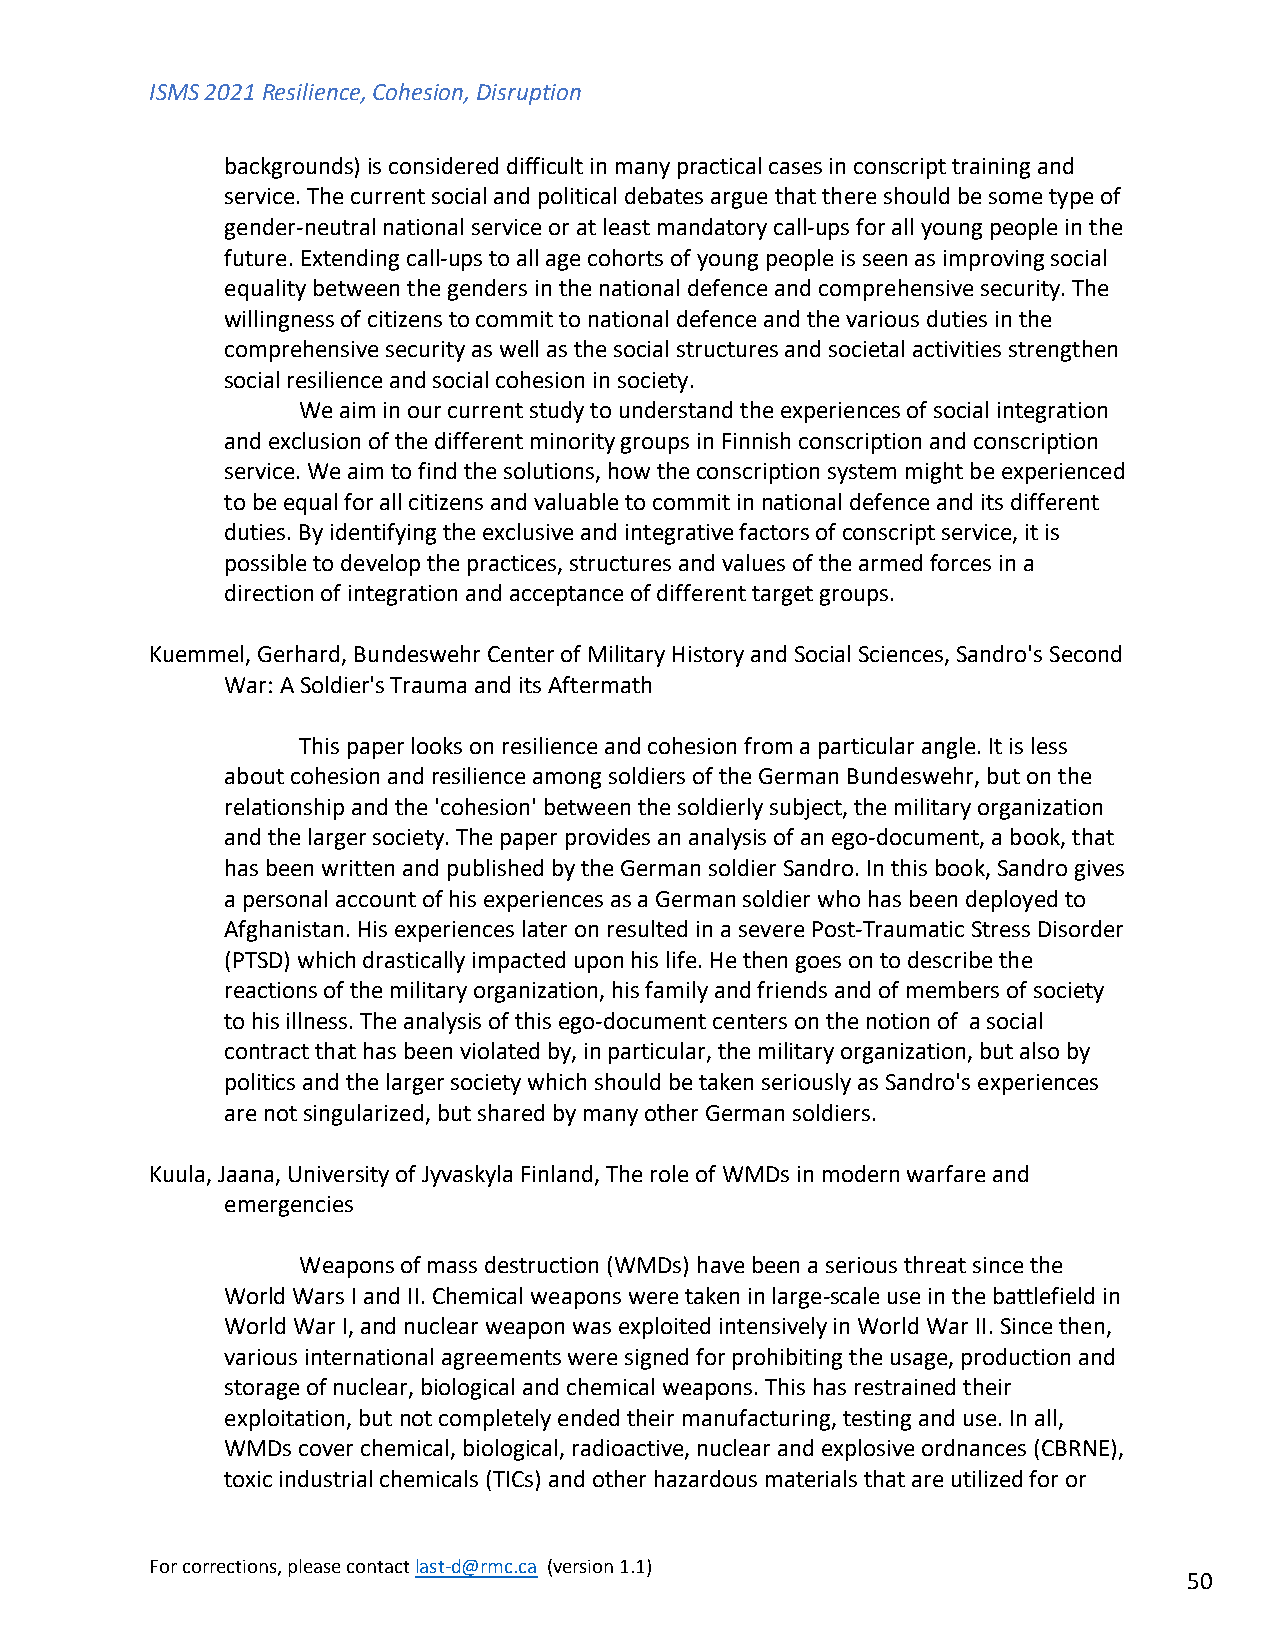
ISMS 2021 Resilience, Cohesion, Disruption
 backgrounds) is considered difficult in many practical cases in conscript training and
 service. The current social and political debates argue that there should be some type of
 gender-neutral national service or at least mandatory call-ups for all young people in the
 future. Extending call-ups to all age cohorts of young people is seen as improving social
 equality between the genders in the national defence and comprehensive security. The
 willingness of citizens to commit to national defence and the various duties in the
 comprehensive security as well as the social structures and societal activities strengthen
 social resilience and social cohesion in society.
 We aim in our current study to understand the experiences of social integration
 and exclusion of the different minority groups in Finnish conscription and conscription
 service. We aim to find the solutions, how the conscription system might be experienced
 to be equal for all citizens and valuable to commit in national defence and its different
 duties. By identifying the exclusive and integrative factors of conscript service, it is
 possible to develop the practices, structures and values of the armed forces in a
 direction of integration and acceptance of different target groups.
 Kuemmel, Gerhard, Bundeswehr Center of Military History and Social Sciences, Sandro's Second
 War: A Soldier's Trauma and its Aftermath
 This paper looks on resilience and cohesion from a particular angle. It is less
 about cohesion and resilience among soldiers of the German Bundeswehr, but on the
 relationship and the 'cohesion' between the soldierly subject, the military organization
 and the larger society. The paper provides an analysis of an ego-document, a book, that
 has been written and published by the German soldier Sandro. In this book, Sandro gives
 a personal account of his experiences as a German soldier who has been deployed to
 Afghanistan. His experiences later on resulted in a severe Post-Traumatic Stress Disorder
 (PTSD) which drastically impacted upon his life. He then goes on to describe the
 reactions of the military organization, his family and friends and of members of society
 to his illness. The analysis of this ego-document centers on the notion of a social
 contract that has been violated by, in particular, the military organization, but also by
 politics and the larger society which should be taken seriously as Sandro's experiences
 are not singularized, but shared by many other German soldiers.
 Kuula, Jaana, University of Jyvaskyla Finland, The role of WMDs in modern warfare and
 emergencies
 Weapons of mass destruction (WMDs) have been a serious threat since the
 World Wars I and II. Chemical weapons were taken in large-scale use in the battlefield in
 World War I, and nuclear weapon was exploited intensively in World War II. Since then,
 various international agreements were signed for prohibiting the usage, production and
 storage of nuclear, biological and chemical weapons. This has restrained their
 exploitation, but not completely ended their manufacturing, testing and use. In all,
 WMDs cover chemical, biological, radioactive, nuclear and explosive ordnances (CBRNE),
 toxic industrial chemicals (TICs) and other hazardous materials that are utilized for or
 For corrections, please contact last-d@rmc.ca (version 1.1)
 50